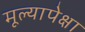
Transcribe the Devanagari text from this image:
मूल्यापेक्षा